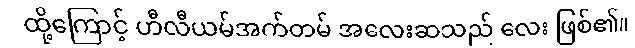
ထို့ကြောင့် ဟီလီယမ်အက်တမ် အလေးဆသည် လေး ဖြစ်၏။